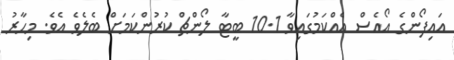
އައިފޯންގެ އޯއެސް އެއްކަމުގައިވާ 10.1 ބީޓާ ލޯންޗް ކުރުންކަމަށް ބެލެވެ އެވެ. މިހާރު